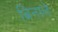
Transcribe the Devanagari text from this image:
बिनाले